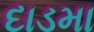
દાડમા